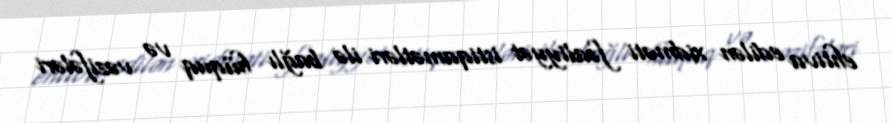
ehtiva edilən xidməti fəaliyyət istiqamətləri ilə bağlı hüquq və vəzifələri